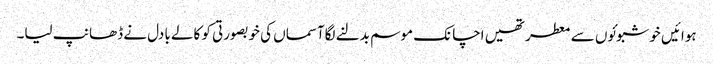
ہوائیں خوشبوئوں سے معطر تھیں اچانک موسم بدلنے لگاآسماں کی خوبصورتی کو کالے بادل نے ڈھانپ لیا۔